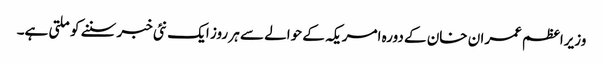
وزیراعظم عمران خان کے دورہ امریکہ کے حوالے سے ہر روز ایک نئی خبر سننے کو ملتی ہے۔